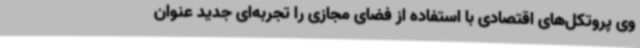
وی پروتکل‌های اقتصادی با استفاده از فضای مجازی را تجربه‌ای جدید عنوان